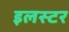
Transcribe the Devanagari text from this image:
इलस्टर